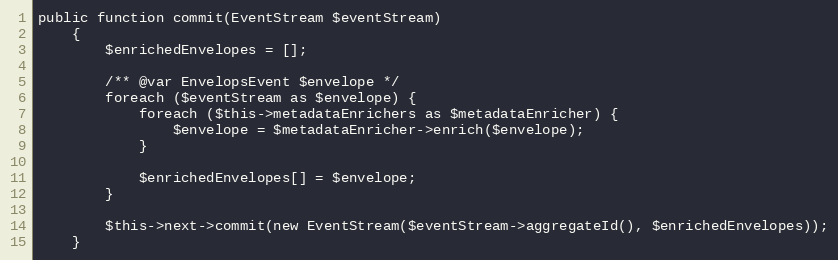
Language: PHP
public function commit(EventStream $eventStream)
    {
        $enrichedEnvelopes = [];

        /** @var EnvelopsEvent $envelope */
        foreach ($eventStream as $envelope) {
            foreach ($this->metadataEnrichers as $metadataEnricher) {
                $envelope = $metadataEnricher->enrich($envelope);
            }

            $enrichedEnvelopes[] = $envelope;
        }

        $this->next->commit(new EventStream($eventStream->aggregateId(), $enrichedEnvelopes));
    }